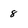
Character: 8